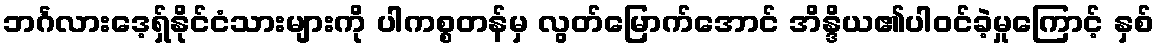
ဘင်္ဂလားဒေ့ရှ်နိုင်ငံသားများကို ပါကစ္စတန်မှ လွတ်မြောက်အောင် အိန္ဒိယ၏ပါဝင်ခဲ့မှုကြောင့် နှစ်